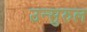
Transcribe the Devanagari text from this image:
उन्सुरुल